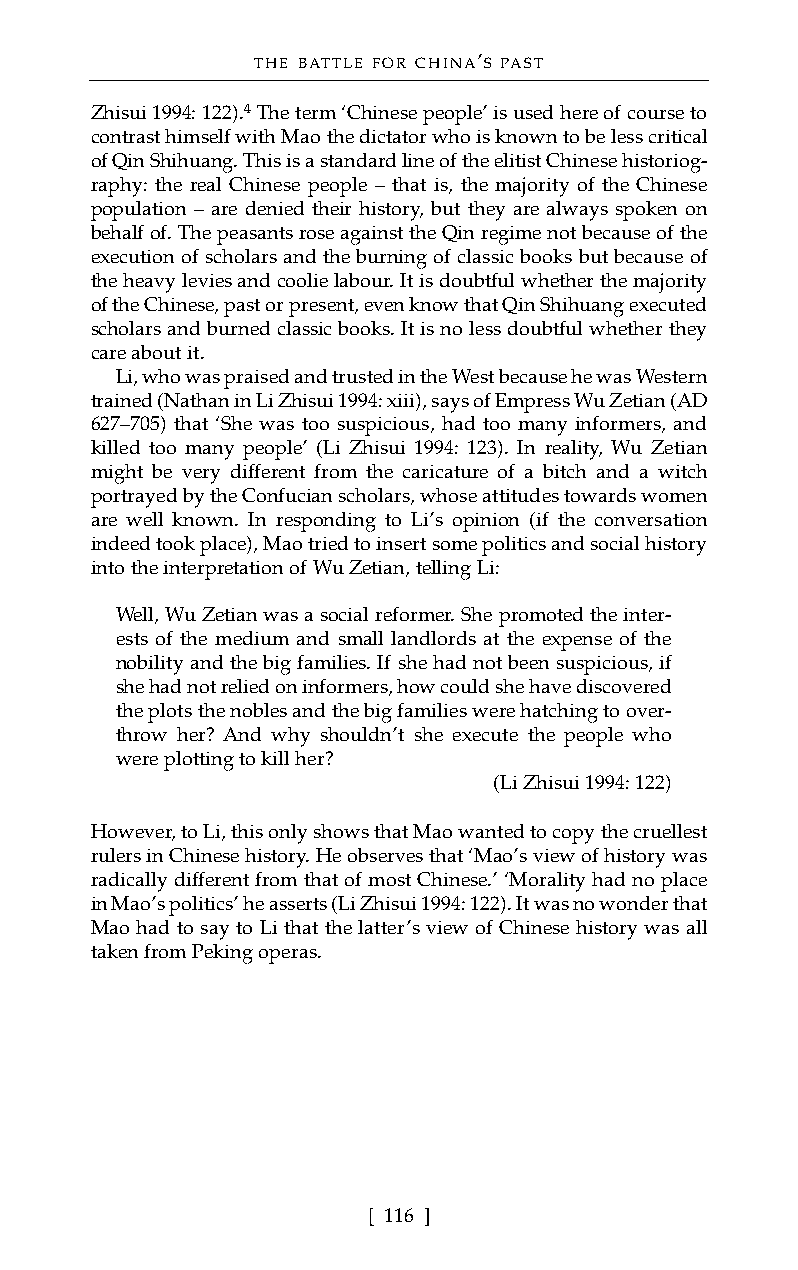
THE BATTLE FOR CHINA’S PAST
 Zhisui1994: 122).4The term ‘Chinese people’ is used here of course to
 contrast himself with Mao the dictator who is known to be less critical
 of Qin Shihuang. This is a standard line of the elitist Chinese historiog-
 raphy: the real Chinese people – that is, the majority of the Chinese
 population – are denied their history, but they are always spoken on
 behalf of. The peasants rose against the Qin regime not because of the
 execution of scholars and the burning of classic books but because of
 the heavy levies and coolie labour. It is doubtful whether the majority
 of the Chinese, past or present, even know that Qin Shihuang executed
 scholars and burned classic books. It is no less doubtful whether they
 care about it.
 Li, who was praised and trusted in the West because he was Western
 trained (Nathan in Li Zhisui 1994: xiii), says of Empress Wu Zetian (AD
 627–705) that ‘She was too suspicious, had too many informers, and
 killed too many people’ (Li Zhisui 1994: 123). In reality, Wu Zetian
 might be very different from the caricature of a bitch and a witch
 portrayed by the Confucian scholars, whose attitudes towards women
 are well known. In responding to Li’s opinion (if the conversation
 indeed took place), Mao tried to insert some politics and social history
 into the interpretation of Wu Zetian, telling Li:
 Well, Wu Zetian was a social reformer. She promoted the inter-
 ests of the medium and small landlords at the expense of the
 nobility and the big families. If she had not been suspicious, if
 she had not relied on informers, how could she have discovered
 the plots the nobles and the big families were hatching to over-
 throw her? And why shouldn’t she execute the people who
 were plotting to kill her?
 (Li Zhisui 1994: 122)
 However, to Li, this only shows that Mao wanted to copy the cruellest
 rulers in Chinese history. He observes that ‘Mao’s view of history was
 radically different from that of most Chinese.’ ‘Morality had no place
 in Mao’s politics’ he asserts (Li Zhisui 1994: 122). It was no wonder that
 Mao had to say to Li that the latter’s view of Chinese history was all
 taken from Peking operas.
 [ 116 ]